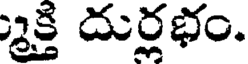
్క్తి దుర్లభం.